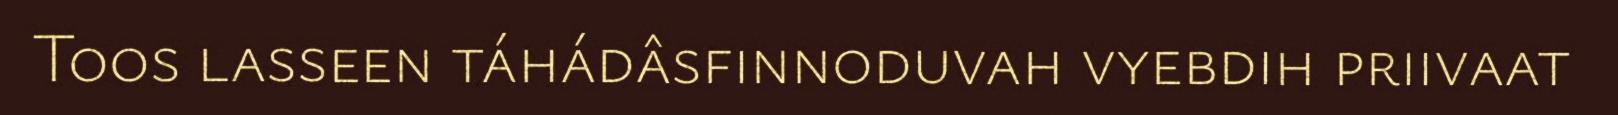
Toos lasseen táhádâsfinnoduvah vyebdih priivaat